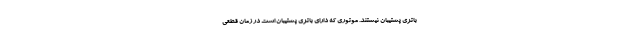
باتری پشتیبان نیستند. موتوری که دارای باتری پشتیبان است در زمان قطعی